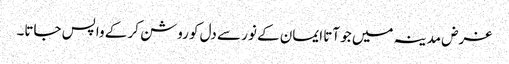
غرض مدینہ میں جو آتا ایمان کے نور سے دل کو روشن کر کے واپس جاتا۔